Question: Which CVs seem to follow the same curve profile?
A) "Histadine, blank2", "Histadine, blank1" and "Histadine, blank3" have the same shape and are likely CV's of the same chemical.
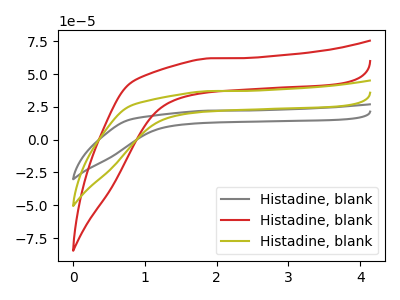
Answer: <think>The gray curve "Histadine, blank1" has no peaks. The red curve "Histadine, blank2" has no peaks. The olive curve "Histadine, blank3" has no peaks.
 Neither "Histadine, blank1" or "Histadine, blank2" have any peaks. Neither "Histadine, blank1" or "Histadine, blank3" have any peaks. Neither "Histadine, blank2" or "Histadine, blank3" have any peaks.</think>
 <answer>A) "Histadine, blank2", "Histadine, blank1" and "Histadine, blank3" have the same shape and are likely CV's of the same chemical.</answer>
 <eval>A</eval>